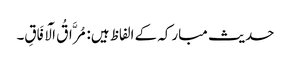
حدیث مبارکہ کے الفاظ ہیں: مُرَّاقُ الْآفَاقِ۔